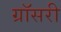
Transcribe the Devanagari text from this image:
ग्रॉसरी